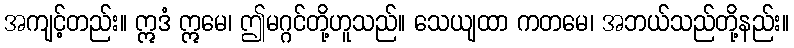
အကျင့်တည်း။ ဣဒံ ဣမေ၊ ဤမဂ္ဂင်တို့ဟူသည်။ သေယျထာ ကတမေ၊ အဘယ်သည်တို့နည်း။